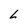
Character: L